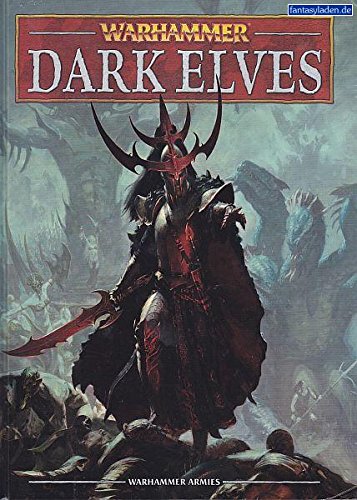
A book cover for Warhammer: Dark Elves (English); Games Workshop; Science Fiction & Fantasy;